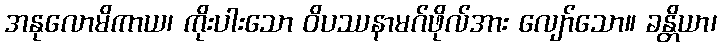
အနုလောမိကာယ၊ ကိုးပါးသော ဝိပဿနာမဂ်ဖိုလ်အား လျော်သော။ ခန္တိယာ၊